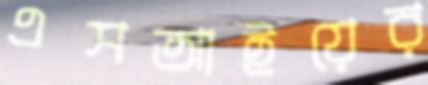
এসআইয়ের